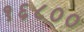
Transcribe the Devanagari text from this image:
१६८००